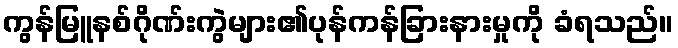
ကွန်မြူနစ်ဂိုဏ်းကွဲများ၏ပုန်ကန်ခြားနားမှုကို ခံရသည်။